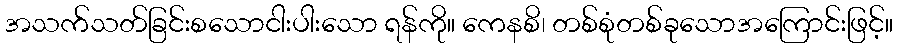
အသက်သတ်ခြင်းစသောငါးပါးသော ရန်ကို။ ကေနစိ၊ တစ်စုံတစ်ခုသောအကြောင်းဖြင့်။